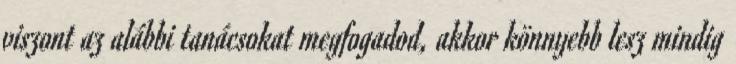
viszont az alábbi tanácsokat megfogadod, akkor könnyebb lesz mindig